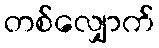
တစ်လျှောက်